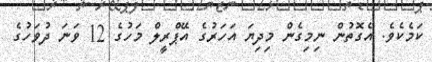
ކަމެކެވެ. އެގޮތުން ނިމިގެން މިދިޔަ އަހަރުގެ އޭޕްރީލް މަހުގެ 12 ވަނަ ދުވަހުގެ